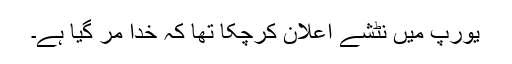
یورپ میں نٹشے اعلان کرچکا تھا کہ خدا مر گیا ہے۔